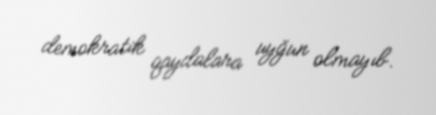
demokratik qaydalara uyğun olmayıb.